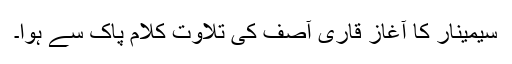
سیمینار کا آغاز قاری آصف کی تلاوت کلام پاک سے ہوا۔